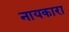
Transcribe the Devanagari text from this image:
नायकारा